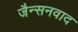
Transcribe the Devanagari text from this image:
जैन्सनवाद